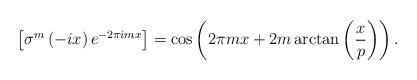
LaTeX: \begin{align*}\left[\sigma^{m}\left(-ix\right)e^{-2\pi imx}\right]=\cos\left(2\pi mx+2m\arctan\left(\frac{x}{p}\right)\right).\end{align*}